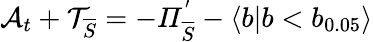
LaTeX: \mathcal{A}_{t}+\mathcal{T}_{\overline{{S}}}=-\mathit{\Pi}_{\overline{{S}}}^{'}-\langle b|b<b_{0.05}\rangle